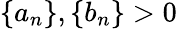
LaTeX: \left\{ a_{n}\right\} ,\left\{ b_{n}\right\} >0